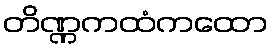
တိဏ္ဏကထံကထော